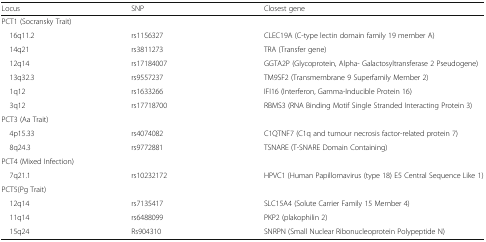
<table><thead><tr><td><b>Locus</b></td><td><b>SNP</b></td><td><b>Closest gene</b></td></tr></thead><tbody><tr><td colspan="3">PCT1 (Socransky Trait)</td></tr><tr><td> 16q11.2</td><td>rs1156327</td><td>CLEC19A (C-type lectin domain family 19 member A)</td></tr><tr><td> 14q21</td><td>rs3811273</td><td>TRA (Transfer gene)</td></tr><tr><td> 12q14</td><td>rs17184007</td><td>GGTA2P (Glycoprotein, Alpha- Galactosyltransferase 2 Pseudogene)</td></tr><tr><td> 13q32.3</td><td>rs9557237</td><td>TM9SF2 (Transmembrane 9 Superfamily Member 2)</td></tr><tr><td> 1q12</td><td>rs1633266</td><td>IFI16 (Interferon, Gamma-Inducible Protein 16)</td></tr><tr><td> 3q12</td><td>rs17718700</td><td>RBMS3 (RNA Binding Motif Single Stranded Interacting Protein 3)</td></tr><tr><td colspan="3">PCT3 (Aa Trait)</td></tr><tr><td> 4p15.33</td><td>rs4074082</td><td>C1QTNF7 (C1q and tumour necrosis factor-related protein 7)</td></tr><tr><td> 8q24.3</td><td>rs9772881</td><td>TSNARE (T-SNARE Domain Containing)</td></tr><tr><td colspan="3">PCT4 (Mixed Infection)</td></tr><tr><td> 7q21.1</td><td>rs10232172</td><td>HPVC1 (Human Papillomavirus (type 18) E5 Central Sequence Like 1)</td></tr><tr><td colspan="3">PCT5(Pg Trait)</td></tr><tr><td> 12q14</td><td>rs7135417</td><td>SLC15A4 (Solute Carrier Family 15 Member 4)</td></tr><tr><td> 11q14</td><td>rs6488099</td><td>PKP2 (plakophilin 2)</td></tr><tr><td> 15q24</td><td>Rs904310</td><td>SNRPN (Small Nuclear Ribonucleoprotein Polypeptide N)</td></tr></tbody></table>